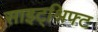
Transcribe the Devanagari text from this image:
साइट्श्रिफ्ट